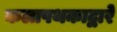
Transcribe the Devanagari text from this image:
कलापथकाद्वारे